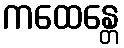
ကထေန္တေ